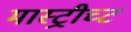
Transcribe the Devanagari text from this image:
मास्ट्रीच्ट